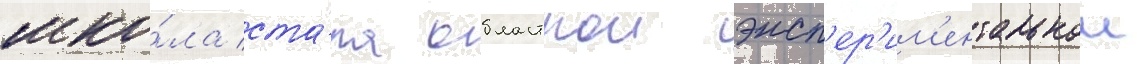
шко́ла ста́ла областнои эксп'ер'им'ентальнои